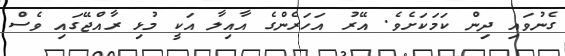
ގެނުވައި ދިން ކަމަކަށެވެ. އޭރު އަހަރެންގެ އާއިލާ އަކީ މުޅި ރާއްޖޭގައި ވެސް